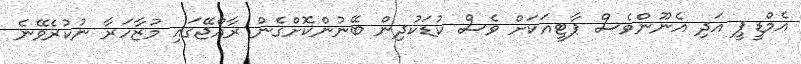
އެމްޑީޕީ އަދި އެނޫންވެސް ޕާޓީއަކަށް ވެސް ކުޑަކުދިން ބޭނުންކޮށްގެން ރާއްޖޭގައި މުޒާހަރާ ނުކުރެވޭނެ